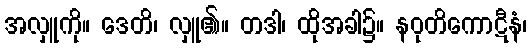
အလှူကို။ ဒေတိ၊ လှူ၏။ တဒါ၊ ထိုအခါ၌။ နဝုတိကောဋီနံ၊